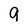
Character: 9